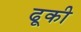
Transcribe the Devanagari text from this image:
ढूकी